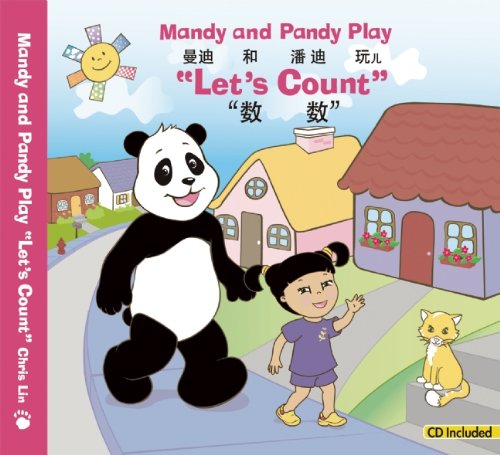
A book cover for Mandy and Pandy Play "Let's Count" (English and Mandarin Chinese Edition); Chris Lin; Children's Books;